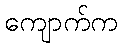
ကျောက်က